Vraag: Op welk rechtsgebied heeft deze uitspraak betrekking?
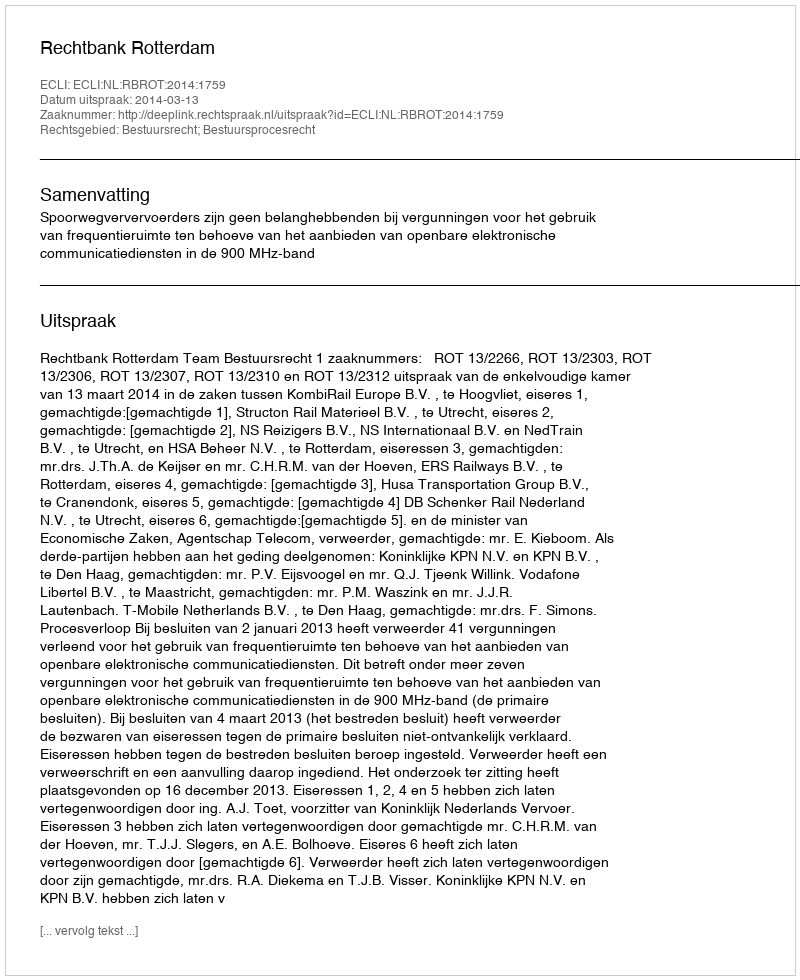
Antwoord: Bestuursrecht; Bestuursprocesrecht